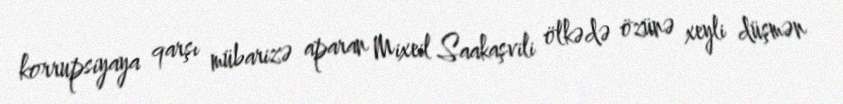
korrupsiyaya qarşı mübarizə aparan Mixeil Saakaşvili ölkədə özünə xeyli düşmən